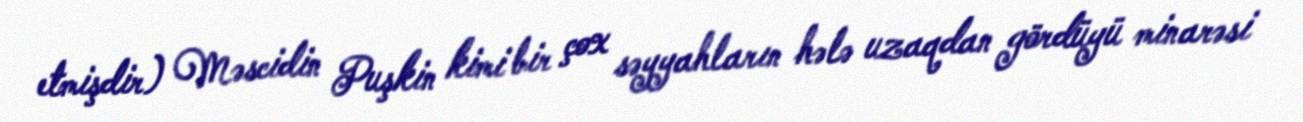
etmişdir) Məscidin Puşkin kimi bir çox səyyahların hələ uzaqdan gördüyü minarəsi